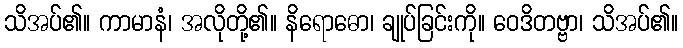
သိအပ်၏။ ကာမာနံ၊ အလိုတို့၏။ နိရောဓော၊ ချုပ်ခြင်းကို။ ဝေဒိတဗ္ဗာ၊ သိအပ်၏။